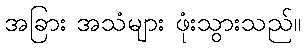
အခြား အသံများ ဖုံးသွားသည်။